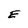
Character: E